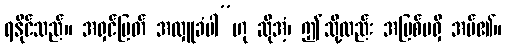
ရနိုင်သည်။ အရှင်မြတ် အလှူခံပါ”ဟု ဆိုအံ့၊ ဤသို့လည်း အပြစ်မရှိ အပ်၏။